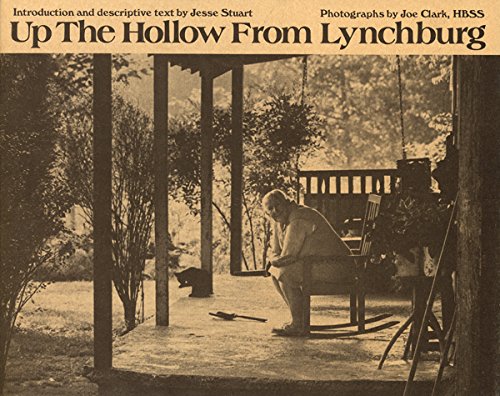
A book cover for Up the Hollow from Lynchburg; Joe Clark; Travel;